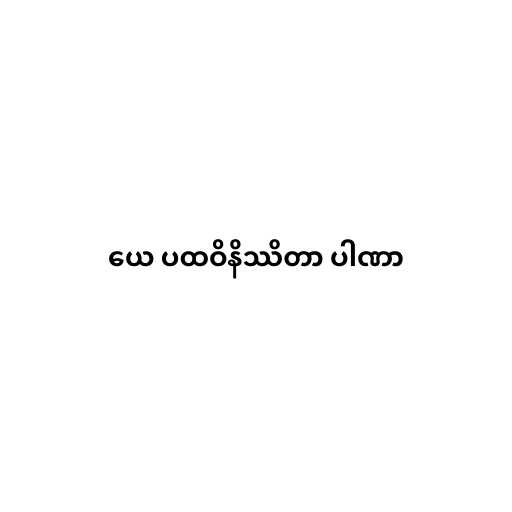
ယေ ပထဝိနိဿိတာ ပါဏာ